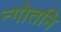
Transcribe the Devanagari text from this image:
न्गोतनि